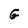
Character: G